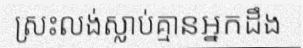
ស្រះលង់ស្លាប់គ្មានអ្នកដឹង